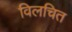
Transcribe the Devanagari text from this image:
विलचित